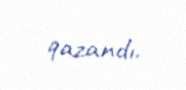
qazandı.